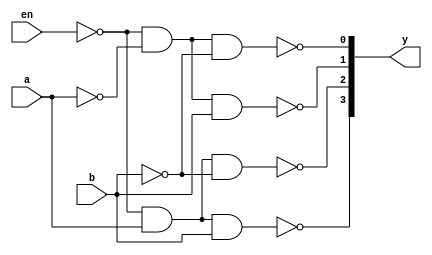
module decoder24_gate(en,a,b,y);
    // declare input and output ports
    input en,a,b;
    output [3:0]y;

    // supportive connections required
    // to connect nand gates
    wire enb,na,nb;

    // instantiate 4 nand gates and 3 not gates
    // make connections by referring the above logic diagram
    not n0(enb,en);
    not n1(na,a);
    not n2(nb,b);

    nand n3(y[0],enb,na,nb);
    nand n4(y[1],enb,na,b);
    nand n5(y[2],enb,a,nb);
    nand n6(y[3],enb,a,b);

endmodule